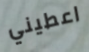
اعطيني